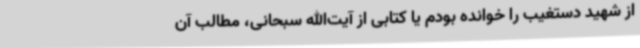
از شهید دستغیب را خوانده بودم یا کتابی از آیت‌الله سبحانی، مطالب آن